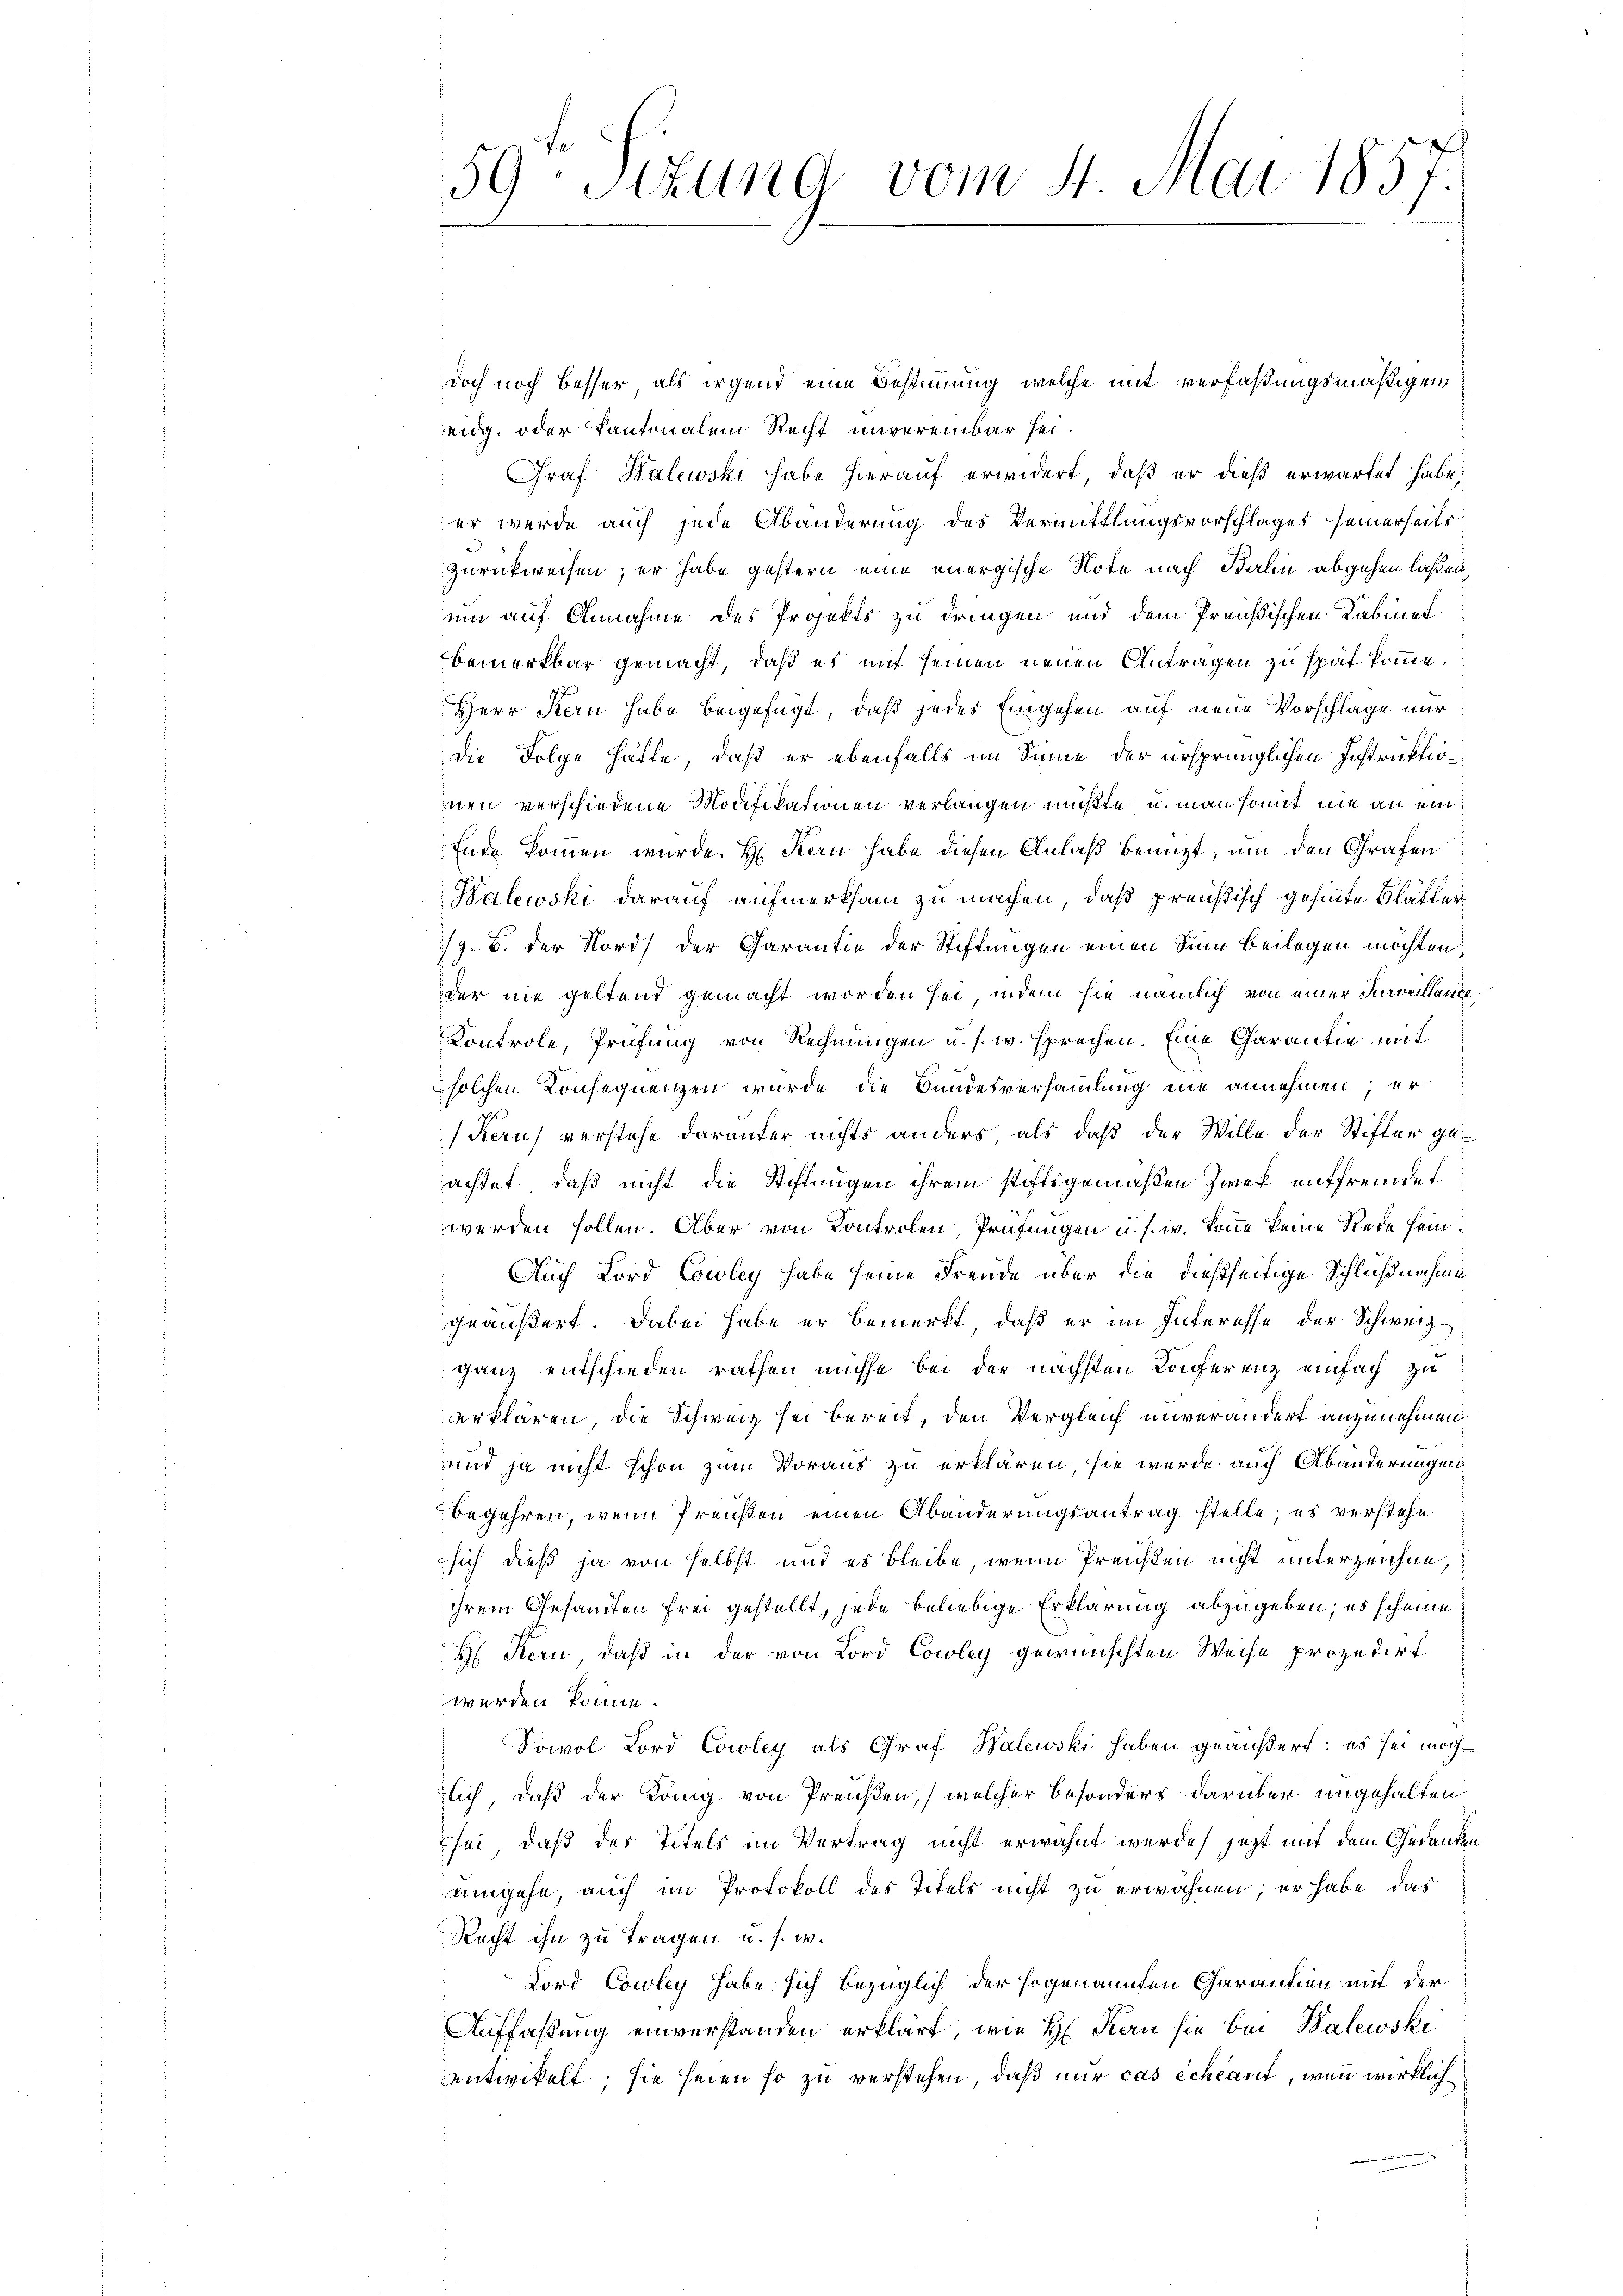
doch noch besser, als irgend eine Bestimmung, welche mit verfaßungsmäßigen
eidg. oder kantonalem Recht unvereinbar sei.
Graf Halewski habe hierauf erwidert, daß er dieß erwartet habe,
er werde auch jede Abänderung des Vermittlungsvorschlages seinerseits
zurückweisen; er habe gestern eine energische Note nach Berlin abgehen laßen,
um auf Annahme des Projekts zu dringen und dem Preußischen Kabinet
bemerkbar gemacht, daß es mit seinen neuen Antragen zu spät komme.
Herr Stern habe beigefügt, daß jedes Eingehen auf neue Vorschlage nur
die Folge hätte, daß er ebenfalls im Sinne der ursprünglichen Instruktion
nen verschiedene Modifikationen verlangen mußte u. man somit nie an ein
Ende kommen wurde. H. Kern habe diesen Anlaß benuzt, um den Grafen
Balewski darauf aufmerksam zu machen, daß preußisch gesinnte Blätter
/9. B. der Nord) der Garantie der Stiftungen einen Sinn beilegen möchten,
der nie geltend gemacht worden sei, indem sie nämlich von einer Surveillante¬
Kontrole, Prüfung von Rechnungen u. s. w. sprechen. Eine Carantie mit
solchen Konsequenzen wurde die Bundesversammlung eine annehmen; er
Kerus verstehe darunter nichts anders als daß der Wille der Stifter geachtet, daß nicht die Stiftungen ihrem stiftsgemäßen Zwek entfremdet
werden sollen. Aber von Kontrolen, Prüfungen u. s. w. Tone keine Rede sein.
Auch Lord Cowley habe seine Freude über die dießseitige Schlußnahme
geäußert. Dabei habe er bemerkt, daß er im Interesse der Schweizganz entschieden rathen müsse bei der nächsten Konferenz einfach zu
erklären, die Schweiz sei bereit, den Vergleich unverändert anzunehmen
und ja nicht schon zum Voraus zu erklären, sie wurde auch Abänderungen
begehren, wenn Preußen einen Abänderungsantrag stelle; es verstehe
sich dieß ja von selbst und es bleibe, wenn Preisen nicht unterzeichne,
ihrem Gesandten frei gestellt, jede beliebige Erklärung abzugeben; es scheine
H Kern, daß in der von Lord Cowley gewünschten Weise prozedirt
werden könne.
Dowol Lord Cowley als Graf Walewski haben geäußert: es sei möglich, daß der König von Preußen, welcher besonders darüber ungehalten,
sei, daß des Titels im Vertrag nicht erwähnt wurde, jetzt mit dem Gedanken
umgehe, auch im Protokoll des Titels nicht zu erwähnen; er habe, das
Recht ihn zu tragen u. s. w.
Lord Cowley habe sich bezüglich der sogenannten Charantien mit der
Auffaßung einverstanden erklärt, wie H. Kern sie bei Balewski
entwickelt, sie seien so zu verstehen, daß nur cas échéant, wenn wirklich

59: Sizung vom 4. Mai 1857.